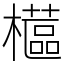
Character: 櫙